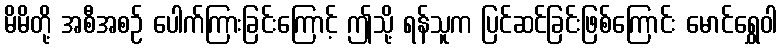
မိမိတို့ အစီအစဉ် ပေါက်ကြားခြင်းကြောင့် ဤသို့ ရန်သူက ပြင်ဆင်ခြင်းဖြစ်ကြောင်း မောင်ရွှေဝါ